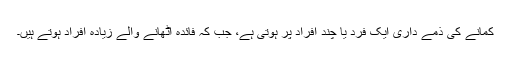
کمانے کی ذمے داری ایک فرد یا چند افراد پر ہوتی ہے، جب کہ فائدہ اٹھانے والے زیادہ افراد ہوتے ہیں۔